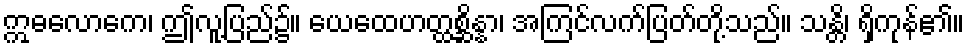
ဣဓလောကေ၊ ဤလူ့ပြည်၌။ ယေထေဟတ္ထစ္ဆိန္နာ၊ အကြင်လက်ပြတ်တို့သည်။ သန္တိ၊ ရှိကုန်၏။